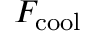
F _ { \mathrm { c o o l } }